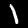
Digit: 1